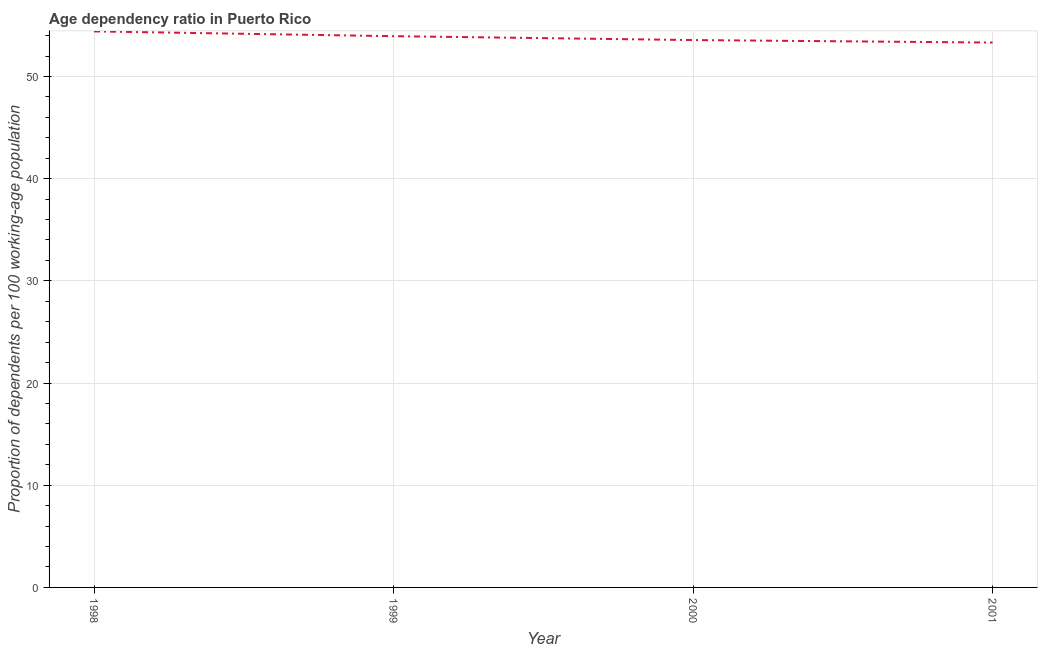
| Year | Age dependency ratio (% of working-age population) |
 | --- | --- |
 | 1998 | 54.4 |
 | 1999 | 53.9 |
 | 2000 | 53.6 |
 | 2001 | 53.3 |